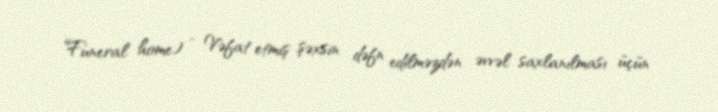
Funeral home) - Vəfat etmiş şəxsin dəfn edilməzdən əvvəl saxlanılması üçün